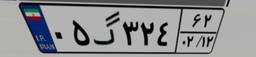
۰۵گ۳۲۴۶۲